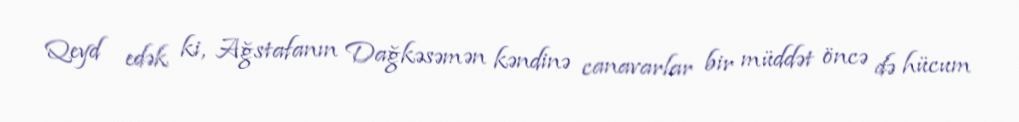
Qeyd edək ki, Ağstafanın Dağkəsəmən kəndinə canavarlar bir müddət öncə də hücum